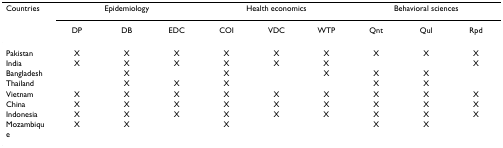
<table><thead><tr><td><b>Countries</b></td><td colspan="3"><b>Epidemiology</b></td><td colspan="3"><b>Health economics</b></td><td colspan="3"><b>Behavioral sciences</b></td></tr><tr><td></td><td><b>DP</b></td><td><b>DB</b></td><td><b>EDC</b></td><td><b>COI</b></td><td><b>VDC</b></td><td><b>WTP</b></td><td><b>Qnt</b></td><td><b>Qul</b></td><td><b>Rpd</b></td></tr></thead><tbody><tr><td>Pakistan</td><td>X</td><td>X</td><td>X</td><td>X</td><td>X</td><td>X</td><td>X</td><td>X</td><td>X</td></tr><tr><td>India</td><td>X</td><td>X</td><td>X</td><td>X</td><td>X</td><td>X</td><td></td><td></td><td>X</td></tr><tr><td>Bangladesh</td><td></td><td>X</td><td></td><td>X</td><td></td><td>X</td><td>X</td><td>X</td><td></td></tr><tr><td>Thailand</td><td></td><td>X</td><td>X</td><td>X</td><td></td><td></td><td>X</td><td>X</td><td></td></tr><tr><td>Vietnam</td><td>X</td><td>X</td><td>X</td><td>X</td><td>X</td><td>X</td><td>X</td><td>X</td><td>X</td></tr><tr><td>China</td><td>X</td><td>X</td><td>X</td><td>X</td><td>X</td><td>X</td><td>X</td><td>X</td><td>X</td></tr><tr><td>Indonesia</td><td>X</td><td>X</td><td>X</td><td>X</td><td>X</td><td>X</td><td>X</td><td>X</td><td>X</td></tr><tr><td>Mozambique</td><td>X</td><td>X</td><td></td><td>X</td><td></td><td></td><td>X</td><td>X</td><td></td></tr></tbody></table>